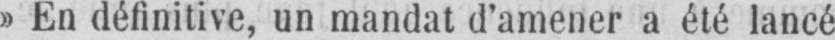
»En définitive, un mandat d’amener a été lancé